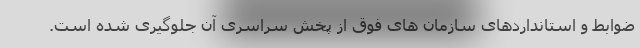
ضوابط و استانداردهای سازمان های فوق از پخش سراسری آن جلوگیری شده است.